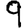
Digit: 9